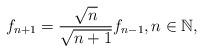
LaTeX: \begin{align*}f_{n+1} = \frac{\sqrt{n}}{\sqrt{n+1}} f_{n-1}, n \in \mathbb{N},\end{align*}